Vaccination returns of the Province of Eastern Bengal and Assam - 1905-1912
Year: 1905
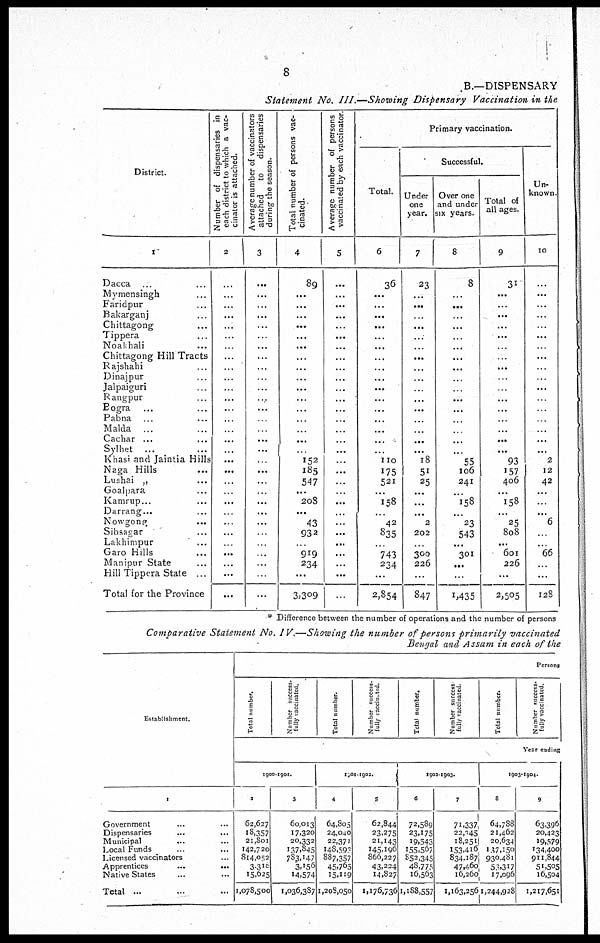
8
B.—DISPENSARY
Statement No. III.—Showing Dispensary Vaccination in the
District.
1
Dacca ...
Mymensingh ...
Faridpur ...
Bakarganj ...
Chittagong ...
Tippera ...
Noakhali ...
Chittagong Hill Tracts
Rajshahi ...
Dinajpur ...
Jalpaiguri ...
Rangpur ...
Bogra ... ...
Pabna ... ...
Malda ...
Cachar ...
Sylhet ...
Khasi and Jaintia Hills
Naga Hills ...
Lushai „ ...
Goalpara ...
Kamrup...
Darrang...
Nowgong
...
Sibsagar ...
Lakhimpur
...
Garo Hills ...
Manipur State ...
Hill Tippera State ...
Total for the Province
Number of dispensaries in
each district to which a vac-
cinator is attached.
2
...
...
...
...
...
...
...
...
...
...
...
...
...
...
...
...
...
...
...
...
...
...
...
...
...
...
...
...
...
...
Average number of vaccinators
attached
to
dispensaries
during the season.
3
...
...
...
...
...
...
...
...
...
...
...
...
...
...
...
...
...
...
...
...
...
...
...
...
...
...
...
...
...
...
Total number of persons vac-
cinated.
4
89
...
...
...
...
...
...
...
...
...
...
...
...
...
...
...
...
152
185
547
...
208
...
43
932
...
919
234
...
3,309
Average number of persons
vaccinated by each vaccinator.
5
...
...
...
...
...
...
...
...
...
...
...
...
...
...
...
...
...
...
...
...
...
...
...
...
...
...
...
...
...
...
Primary vaccination.
Total.
6
36
...
...
...
...
...
...
...
...
...
...
...
...
...
...
...
...
110
175
521
...
158
...
42
835
...
743
234
...
2,854
Successful.
Under
one
year.
7
23
...
...
...
...
...
...
...
...
...
...
...
...
...
...
...
...
18
51
25
...
...
...
2
202
...
300
226
...
847
Over one
and under
six years.
8
8
...
...
...
...
...
...
...
...
...
...
...
...
...
...
...
...
55
106
241
...
158
...
23
543
...
301
...
...
1,435
Total of
all ages.
9
31
...
...
...
...
...
...
...
...
...
...
...
...
...
...
...
...
93
157
406
...
158
...
25
808
...
601
226
...
2,505
Un-
known.
10
...
...
...
...
...
...
...
...
...
...
...
...
...
...
...
...
...
2
12
42
...
...
...
6
...
...
66
...
...
128
* Difference between the number of operations and the number of persons
Comparative Statement No. IV.—Showing the number of persons primarily vaccinated
Bengal and Assam in each of the
Establishment.
1
Government ... ...
Dispensaries
...
...
Municipal ... ...
Local Funds ... ...
Licensed vaccinators ... ...
Apprentices
...
...
Native States ... ...
Total ... ... ...
Persons
Total number.
Number success¬
fully Vaccinated.
Total number.
Number success¬
fully Vaccinated.
Total number.
Number success
fully Vaccinated.
Total number.
Number success¬
fully vaccinated.
Year ending
1900-1900.
2
62,627
18,357
21,801
142,720
814,052
3,318
15,625
1,078,500
3
60,013
17,320
20,332
137,845
783,147
3,156
14,574
1,036,387
1901-1902.
4
64,805
24,040
22,371
148,593
887,357
45,765
15,119
1,208,050
5
62,844
23,275
21,143
145,196
866,227
43,224
14,827
1,176,736
1902-1903.
6
72,589
23,175
19,543
155,567
852,345
48,775
16,563
1,188,557
7
71,337
22,345
18,251
153,416
834,187
47,460
16,260
1,163,256
1903-1904.
8
64,788
21,462
20,634
137,150
930,481
53,317
17,096
1,244,928
9
63,396
20,423
19,579
134,400
911,844
51,505
16,504
1,217,651